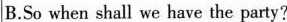
B.So when shall we have the party?